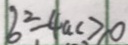
b ^ { 2 } - 4 a c \geq 0